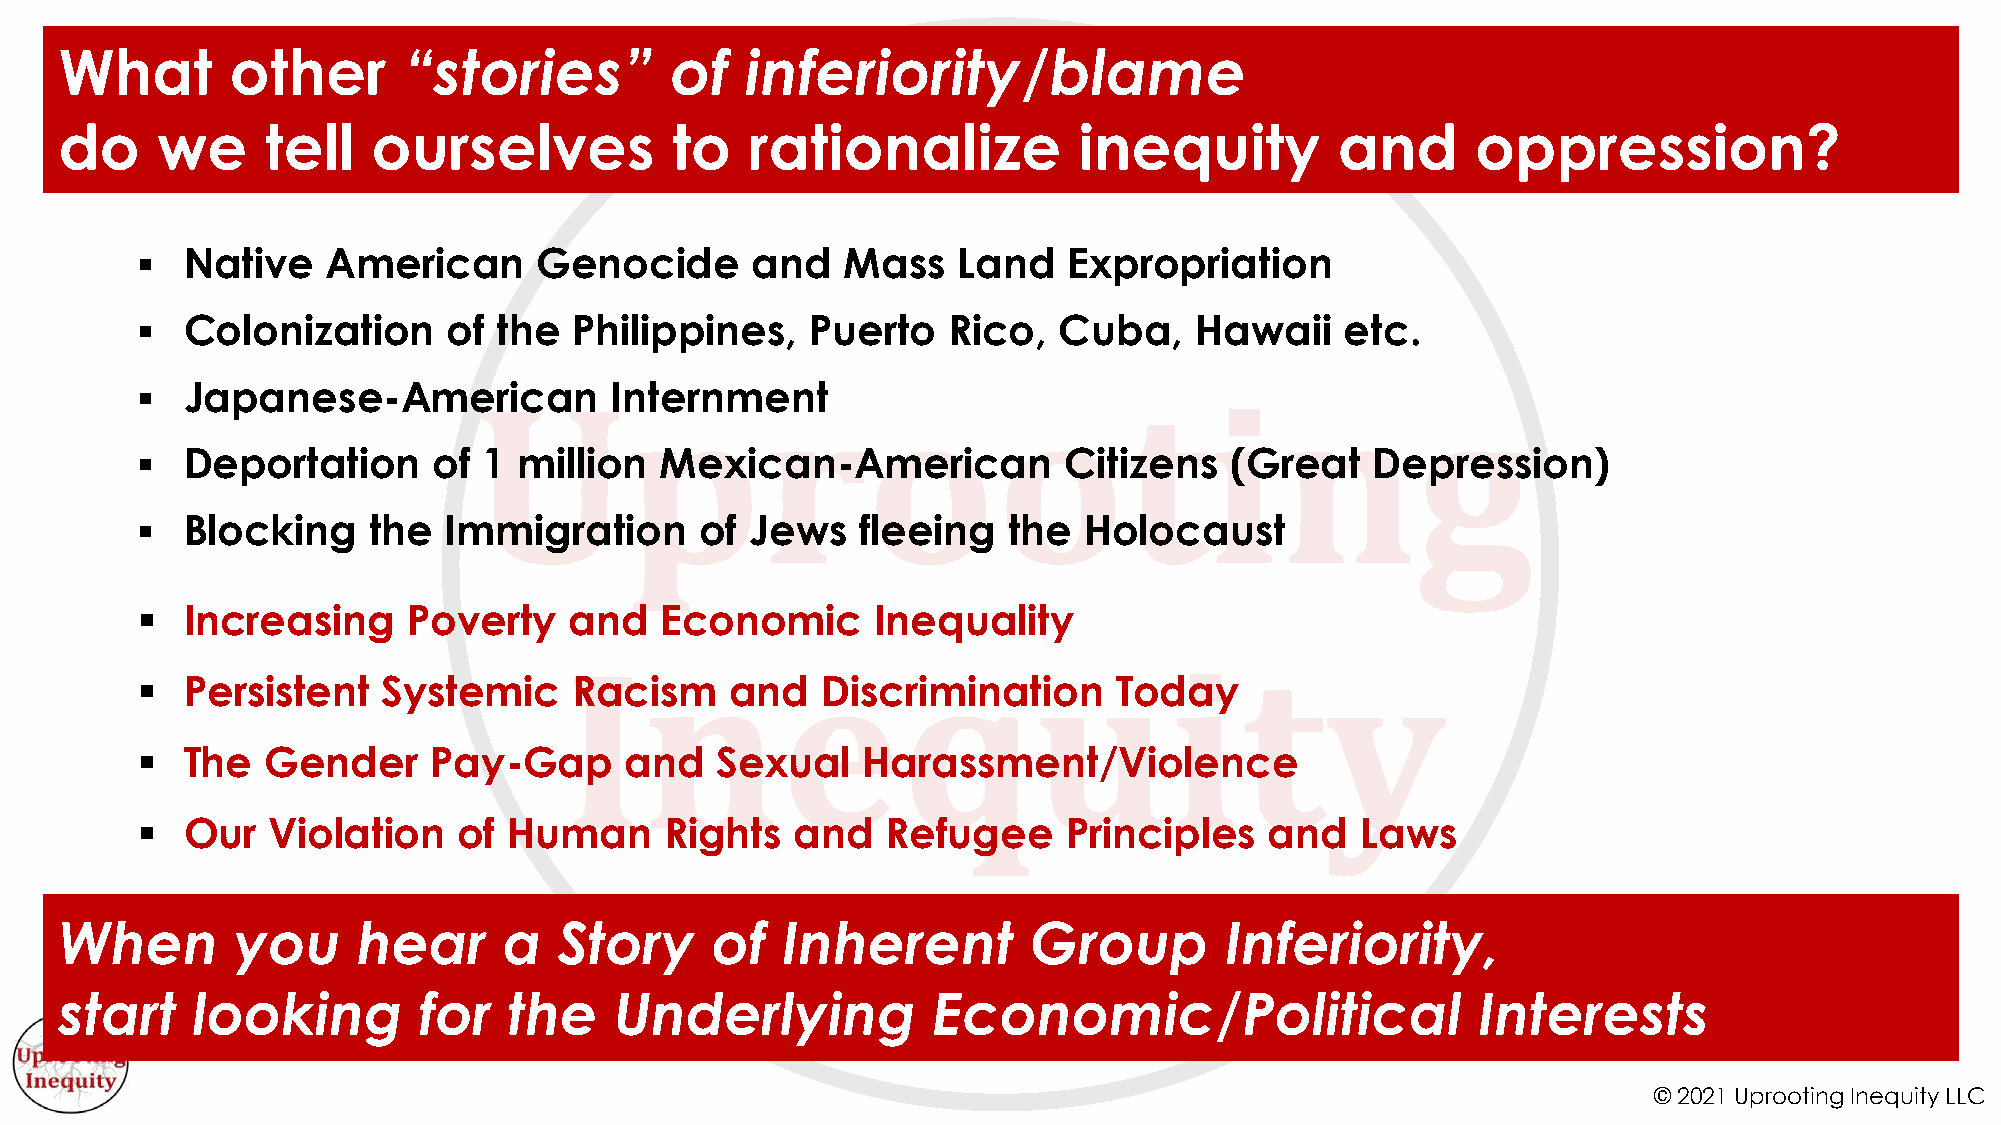
What       other       “stories”        of   inferiority/blame
 do    we      tell   ourselves          to    rationalize          inequity          and      oppression?
 §  Native    American      Genocide      and   Mass   Land    Expropriation
 §  Colonization      of the  Philippines,    Puerto   Rico,  Cuba,    Hawaii    etc.
 §  Japanese-American           Internment
 §  Deportation      of 1 million   Mexican-American          Citizens   (Great    Depression)
 §  Blocking    the  Immigration      of  Jews   fleeing   the  Holocaust
 §  Increasing     Poverty    and   Economic      Inequality
 §  Persistent   Systemic     Racism    and   Discrimination      Today
 §  The   Gender    Pay-Gap      and   Sexual    Harassment/Violence
 §  Our   Violation   of  Human     Rights   and   Refugee     Principles   and   Laws
 When        you     hear     a   Story     of   Inherent        Group        Inferiority,
 start    looking        for   the    Underlying           Economic/Political                  Interests
 © 2021 Uprooting Inequity LLC